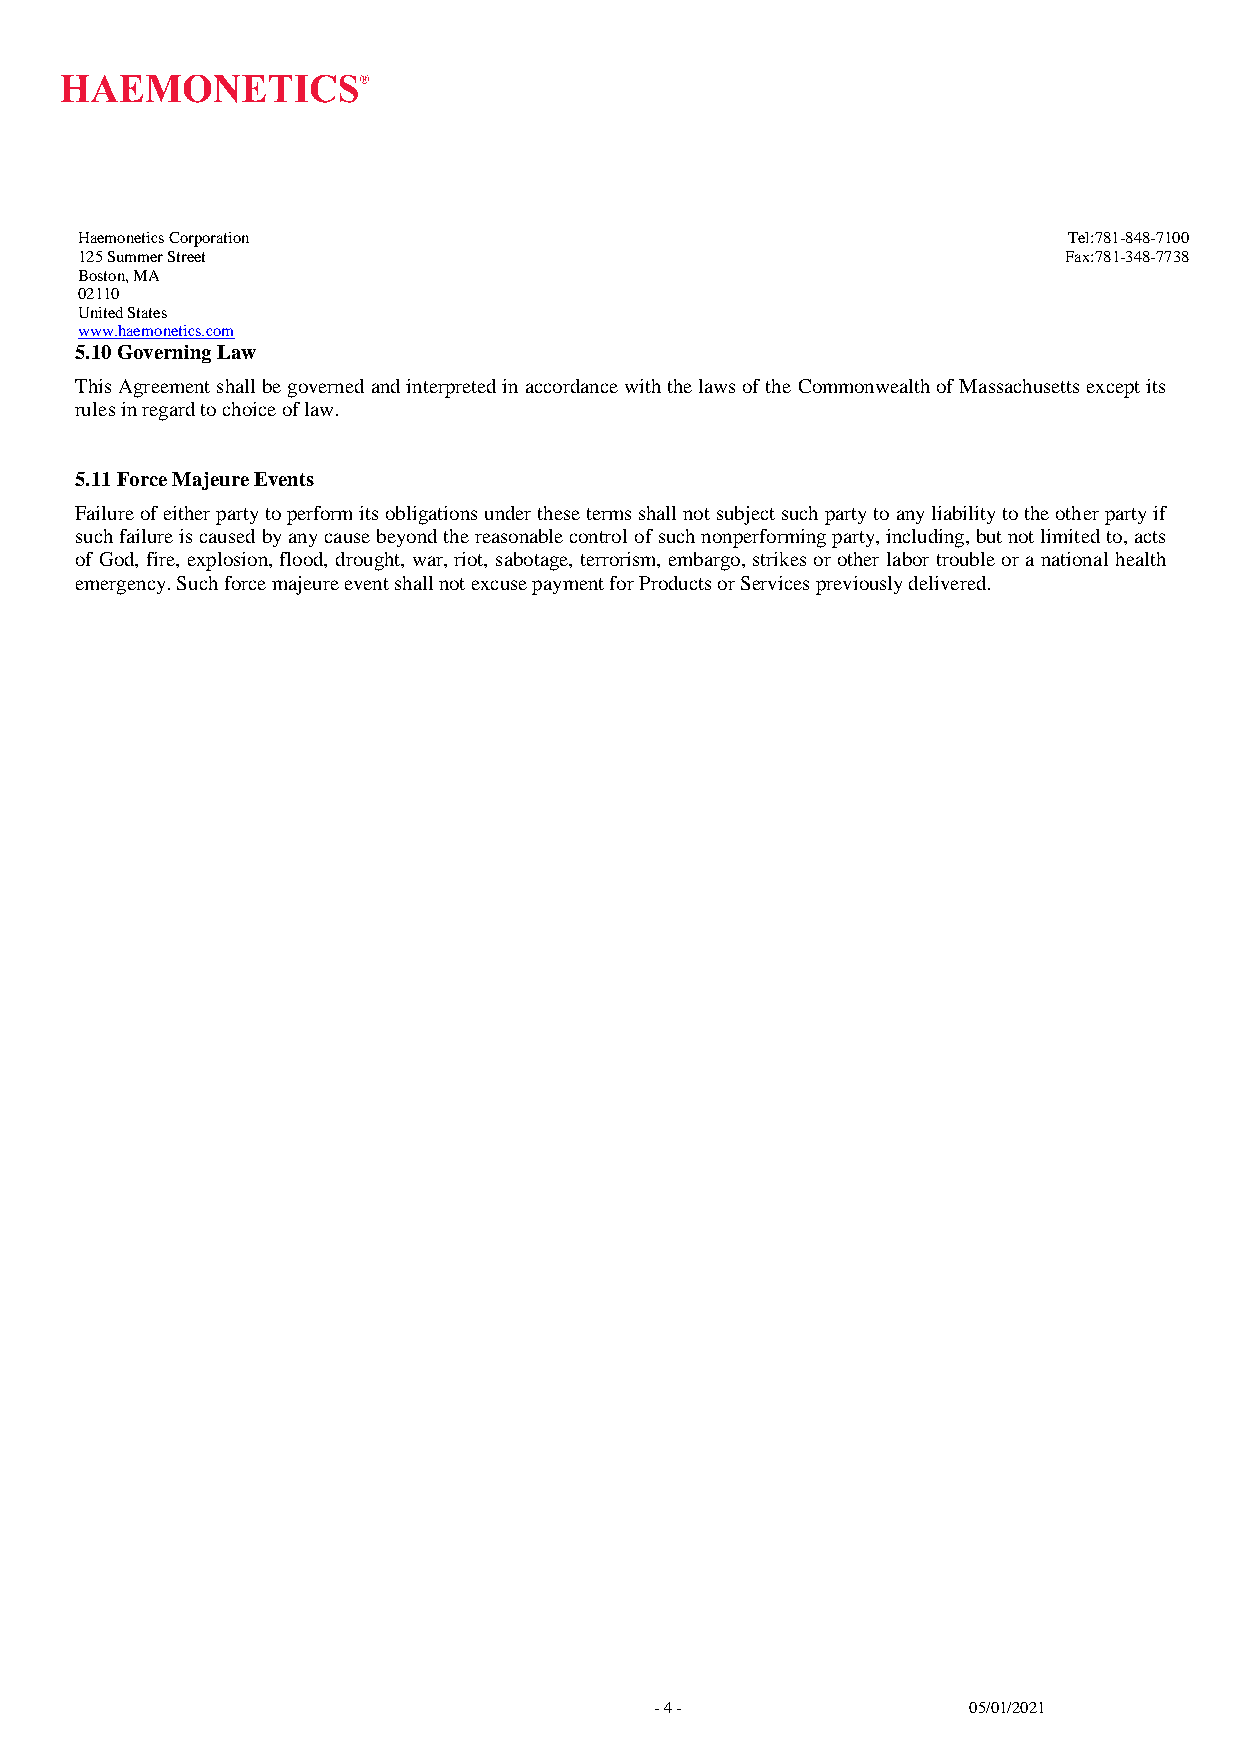
Haemonetics Corporation                                           Tel:781-848-7100
 125 Summer Street                                                Fax:781-348-7738
 Boston, MA
 02110
 United States
 www.haemonetics.com
 5.10 Governing Law
 This Agreement shall be governed and interpreted in accordance with the laws of the Commonwealth of Massachusetts except its
 rules in regard to choice of law.
 5.11 Force Majeure Events
 Failure of either party to perform its obligations under these terms shall not subject such party to any liability to the other party if
 such failure is caused by any cause beyond the reasonable control of such nonperforming party, including, but not limited to, acts
 of God, fire, explosion, flood, drought, war, riot, sabotage, terrorism, embargo, strikes or other labor trouble or a national health
 emergency. Such force majeure event shall not excuse payment for Products or Services previously delivered.
 - 4 -                05/01/2021